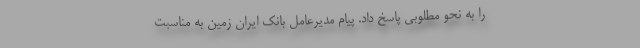
را به نحو مطلوبی پاسخ داد. پیام مدیرعامل بانک ایران زمین به مناسبت